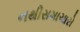
નથીસમાચારો